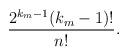
LaTeX: \begin{align*} \frac{2^{k_m-1} (k_m-1)!}{n!}.\end{align*}